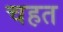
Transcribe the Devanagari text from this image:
चहत